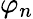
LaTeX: \varphi_{n}